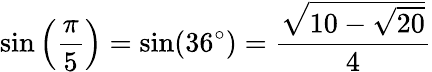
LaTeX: \sin\left({\frac{\pi}{5}}\right)=\sin(36^{\circ})={\frac{\sqrt{10-{\sqrt{20}}}}{4}}